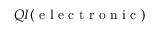
Q I ( \mathrm { ~ e ~ l ~ e ~ c ~ t ~ r ~ o ~ n ~ i ~ c ~ } )